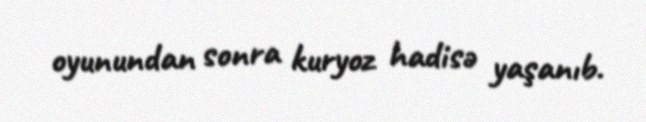
oyunundan sonra kuryoz hadisə yaşanıb.